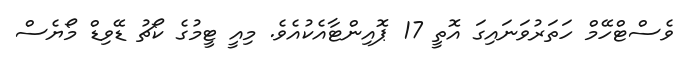
ވެސްޓްހޭމް ހަތަރުވަނައިގަ އޮތީ 17 ޕޮއިންޓާއެކުއެވެ. މިއީ ޓީމުގެ ކޯޗު ޑޭވިޑް މޯޔެސް